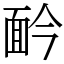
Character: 䩂